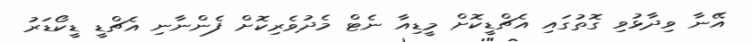
އޭނާ ވިދާޅުވި ގޮތުގައި އެޗްޑީކޮށް މީޑިއާ ނެޓް މެދުވެރިކޮށް ފެންނާނި އެޗްޑީ ޑީކޯޑަރު